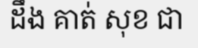
ដឹង គាត់ សុខ ជា